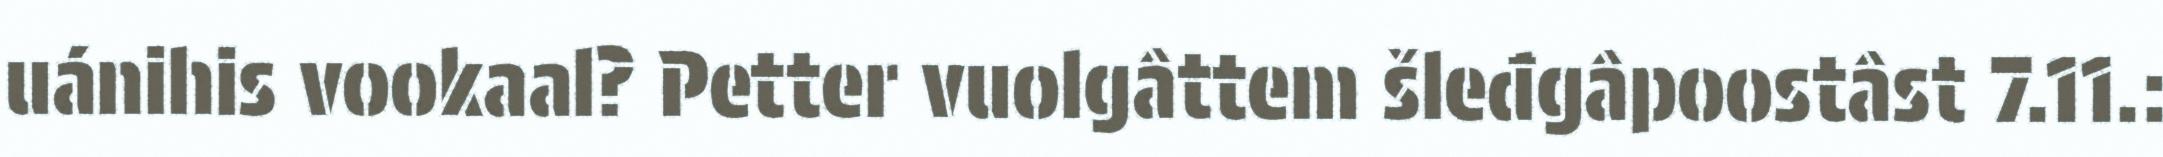
uánihis vookaal? Petter vuolgâttem šleđgâpoostâst 7.11.: